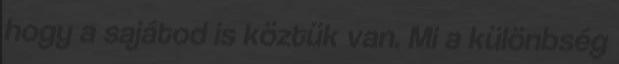
hogy a sajátod is köztük van. Mi a különbség